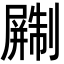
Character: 𫵨